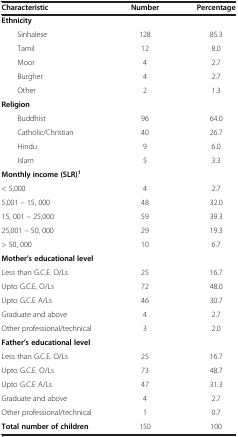
| Characteristic | Number | Percentage |
 | --- | --- | --- |
 | Ethnicity |  |  |
 | Sinhalese | 128 | 85.3 |
 | Tamil | 12 | 8.0 |
 | Moor | 4 | 2.7 |
 | Burgher | 4 | 2.7 |
 | Other | 2 | 1.3 |
 | Religion |  |  |
 | Buddhist | 96 | 64.0 |
 | Catholic/Christian | 40 | 26.7 |
 | Hindu | 9 | 6.0 |
 | Islam | 5 | 3.3 |
 | Monthly income (SLR)1 |  |  |
 | < 5,000 | 4 | 2.7 |
 | 5,001 – 15, 000 | 48 | 32.0 |
 | 15, 001 – 25,000 | 59 | 39.3 |
 | 25,001 – 50, 000 | 29 | 19.3 |
 | > 50, 000 | 10 | 6.7 |
 | Mother’s educational level |  |  |
 | Less than G.C.E. O/Ls | 25 | 16.7 |
 | Upto G.C.E. O/Ls | 72 | 48.0 |
 | Upto G.C.E A/Ls | 46 | 30.7 |
 | Graduate and above | 4 | 2.7 |
 | Other professional/technical | 3 | 2.0 |
 | Father’s educational level |  |  |
 | Less than G.C.E. O/Ls | 25 | 16.7 |
 | Upto G.C.E. O/Ls | 73 | 48.7 |
 | Upto G.C.E A/Ls | 47 | 31.3 |
 | Graduate and above | 4 | 2.7 |
 | Other professional/technical | 1 | 0.7 |
 | Total number of children | 150 | 100 |